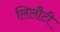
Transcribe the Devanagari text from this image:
लिलौटी